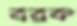
বরক